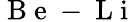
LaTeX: \mathrm{~B~e~}-\mathrm{~L~i~}